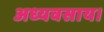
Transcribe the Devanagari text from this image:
अध्यवसाय।